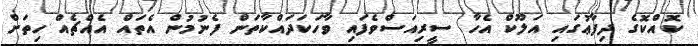
ކޮއްކޮގެ ދިފާޢުގައި އަލޫކް އެހާ ސީރިއަސްވެފައި ވާހަކަދައްކާތަން ފެނުމުން އެތައް އެއްޗެއް ހިތަށް